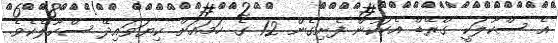
އެ ސްކޫލަކީ ގްރޭޑް އެކަކުން ފެށިގެން 12 ގެ ހަމައަށް ކިޔަވައިދޭ ސްކޫލެކެވެ.